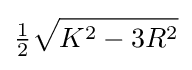
{\tfrac {1}{2}}{\sqrt {K^{2}-3R^{2}}}